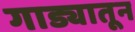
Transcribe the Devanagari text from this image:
गाड्यातून